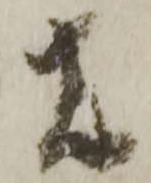
者